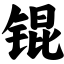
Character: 锟